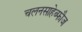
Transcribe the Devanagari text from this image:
चलनसाहेब्फौज